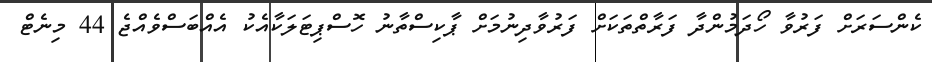
ކެންސަރަށް ފަރުވާ ހޯދަމުންދާ ފަރާތްތަކަށް ފަރުވާދިނުމަށް ޕާކިސްތާނު ހޮސްޕިޓަލަކާއެކު އެއްބަސްވެއްޖެ 44 މިނެޓް